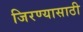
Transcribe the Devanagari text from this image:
जिरण्यासाठी